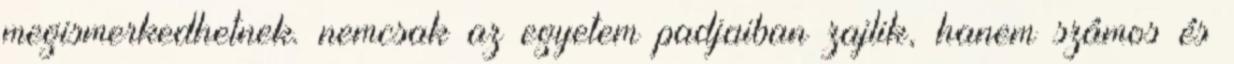
megismerkedhetnek. nemcsak az egyetem padjaiban zajlik, hanem számos és